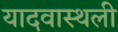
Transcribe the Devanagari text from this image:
यादवास्थली